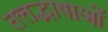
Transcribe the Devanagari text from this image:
तत्तद्भाषाओं